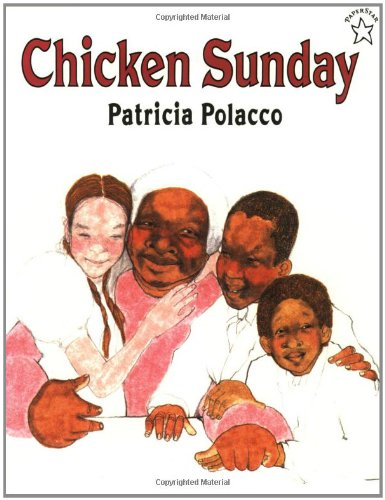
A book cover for Chicken Sunday; Patricia Polacco; Children's Books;